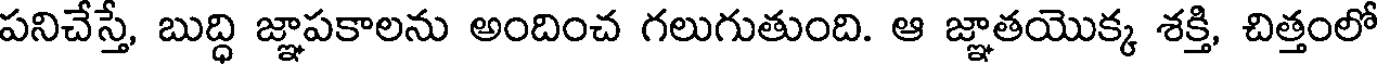
పనిచేస్తే, బుద్ధి జ్ఞాపకాలను అందించ గలుగుతుంది. ఆ జ్ఞాతయొక్క శక్తి, చిత్తంలో